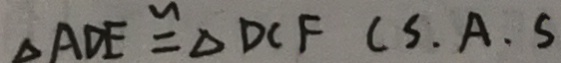
\Delta A D E \cong \Delta D C F ( S . A . S